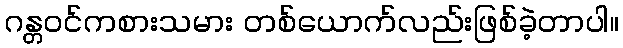
ဂန္တဝင်ကစားသမား တစ်ယောက်လည်းဖြစ်ခဲ့တာပါ။